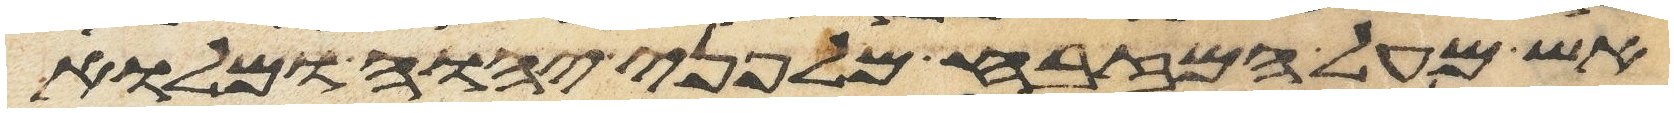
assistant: אש מעל המזבח מלפני יהוה ומלוא